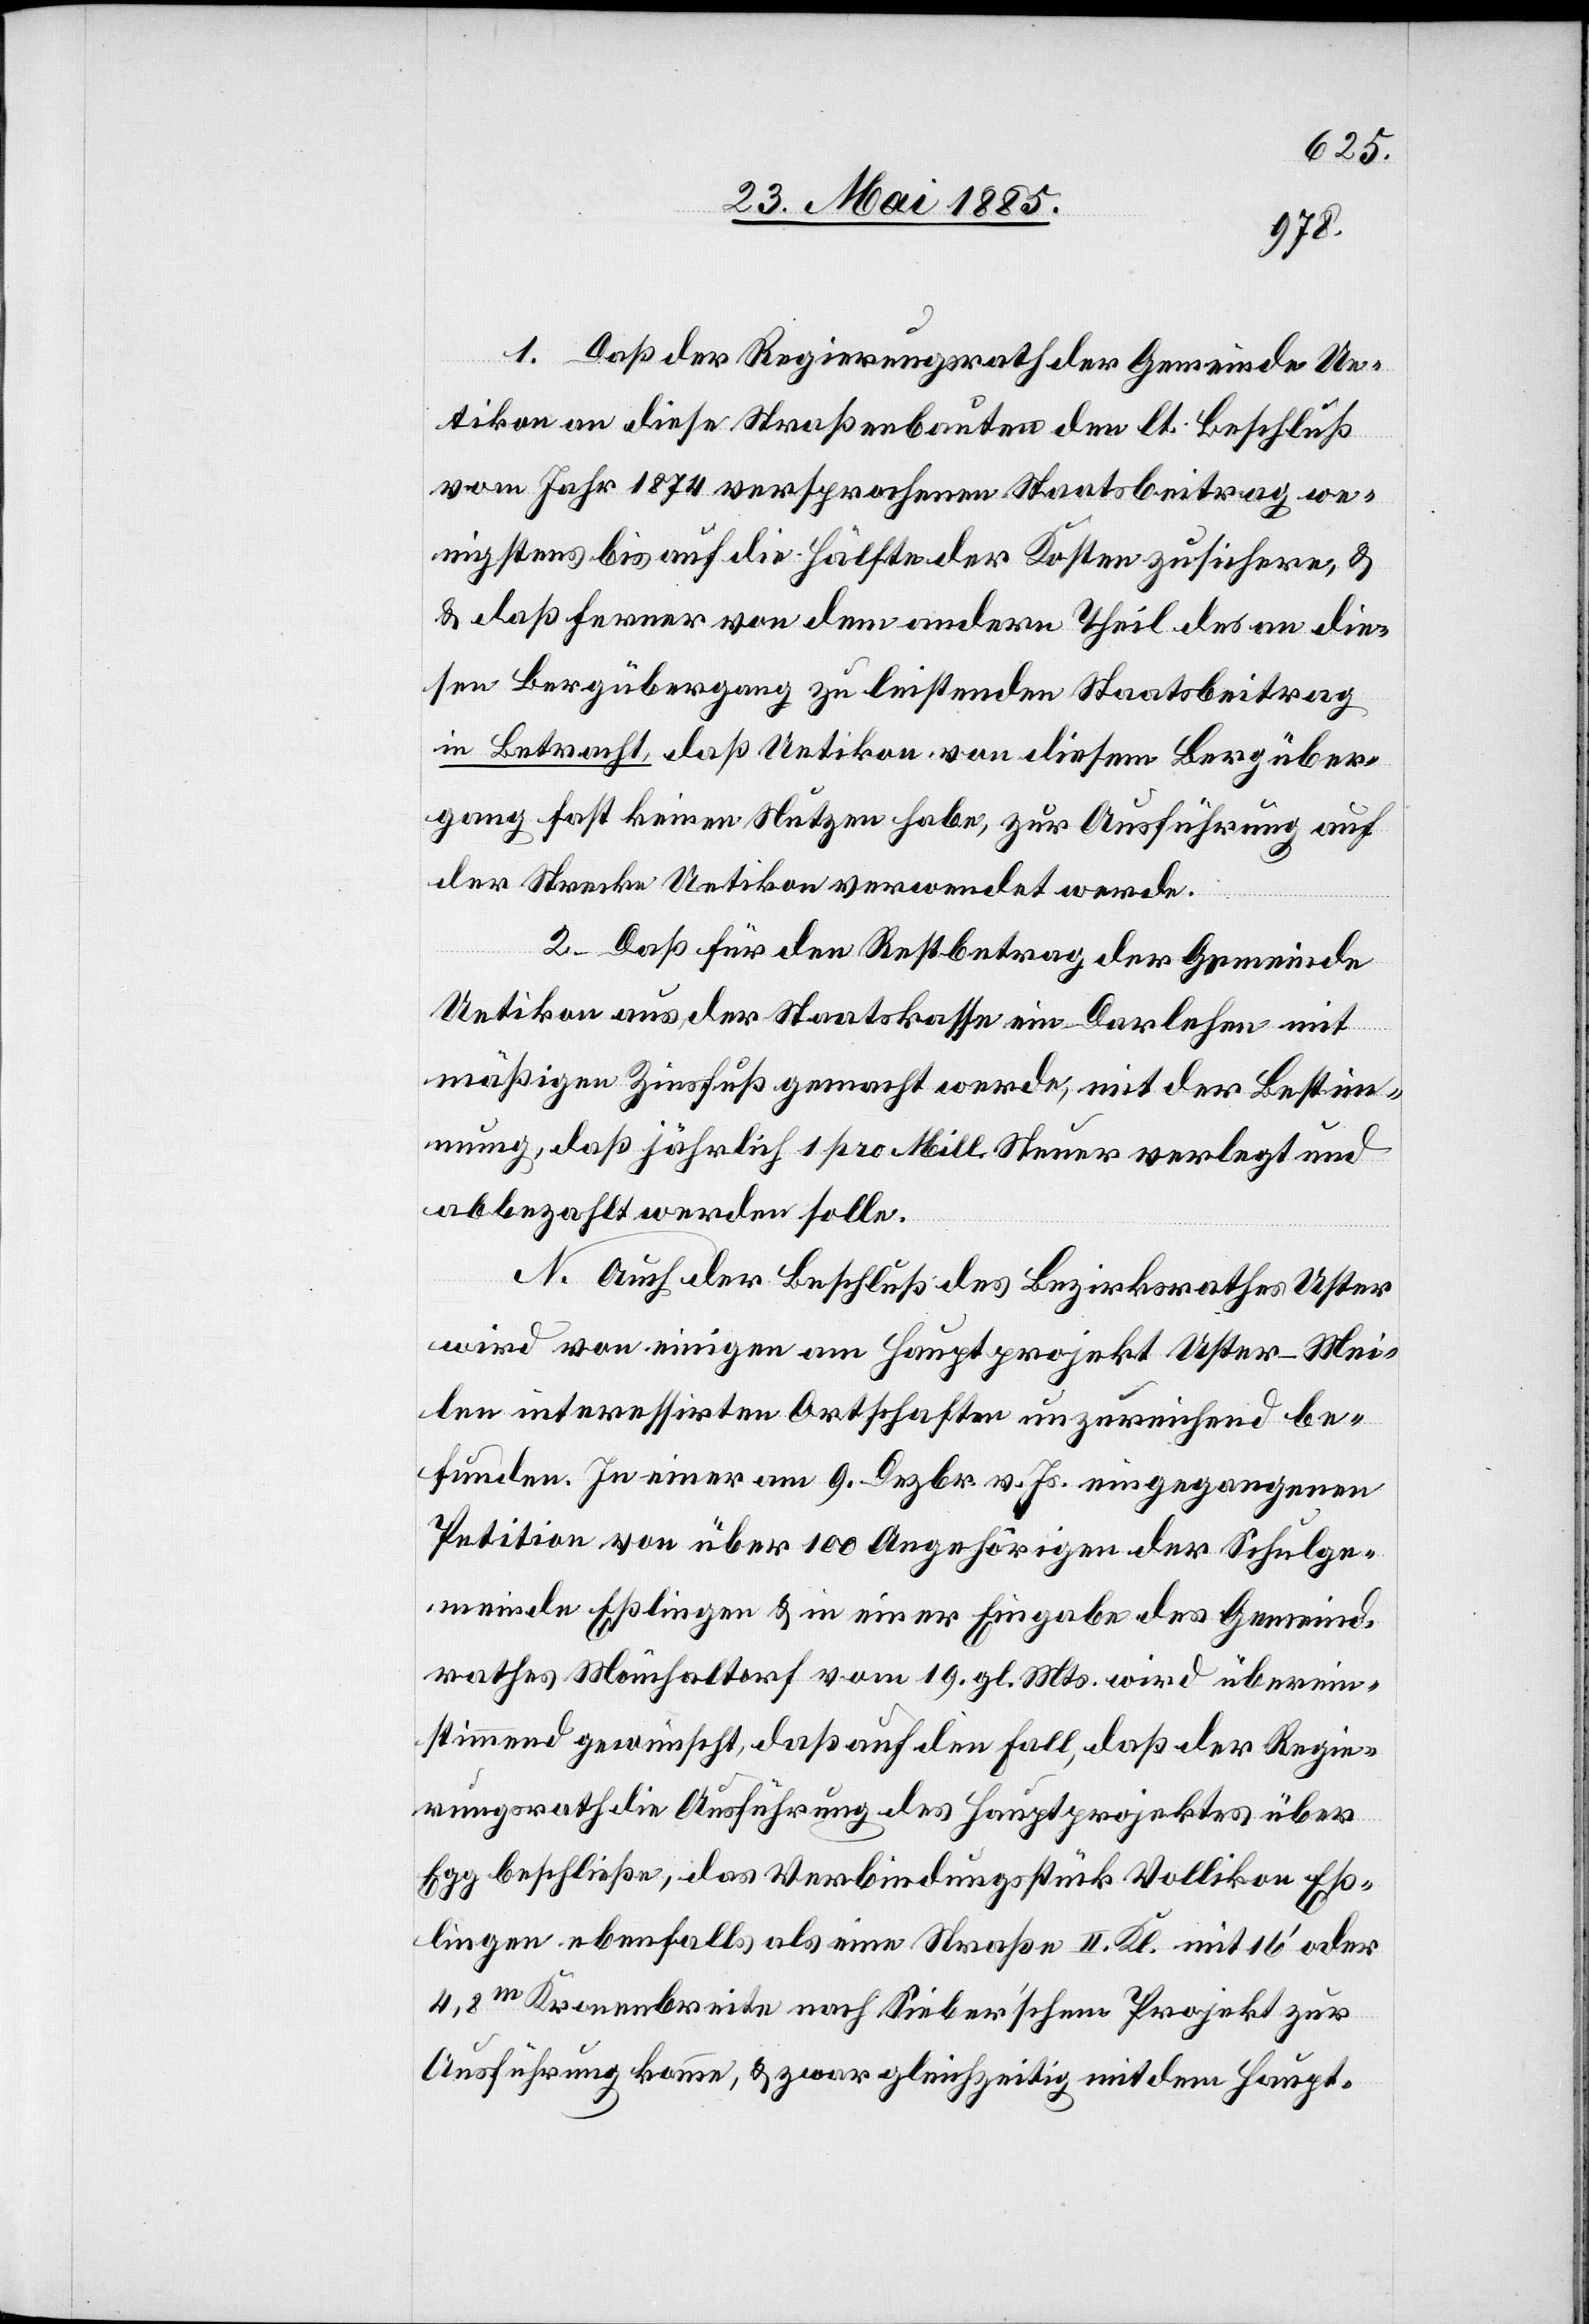
1. Daß der Regierungsrath der Gemeinde Ue¬
tikon an diese Straßenbauten den lt. Beschluß
vom Jahr 1874 versprochenen Staatsbeitrag we¬
nigstens bis auf die Hälfte der Kosten zusichere, &
daß ferner von dem andern Theil des an die¬
sen Bergübergang zu leistenden Staatsbeitrag
in Betracht, daß Uetikon von diesem Bergüber¬
gang fast keinen Nutzen habe, zur Ausführung auf
der Strecke Uetikon verwendet werde.
2. Daß für den Restbetrag der Gemeinde
Uetikon aus der Staatskasse ein Darlehen mit
mäßigen [sic!] Zinsfuß gemacht werde, mit der Bestim¬
mung, daß jährlich 1 pro Mill. Steuer verlegt und
abbezahlt werden solle.
N. Auch der Beschluß des Bezirksrathes Uster
wird von einigen am Hauptprojekt Uster–Mei¬
len interessirten Ortschaften unzureichend be¬
funden. In einer am 9. Dezbr. v. Js. eingegangenen
Petition von über 100 Angehörigen der Schulge¬
meinde Eßlingen & in einer Eingabe des Gemeind¬
rathes Mönchaltorf vom 19. gl. Mts. wird überein¬
stimmend gewünscht, daß auf den Fall, daß der Regie¬
rungsrath die Ausführung des Hauptprojektes über
Egg beschließe, das Verbindungsstück Vollikon Eß¬
lingen ebenfalls als eine Straße II. Kl. mit 16’ oder
4,8 m Kronenbreite nach Sieber’schem Projket zur
Ausführung komme, & zwar gleichzeitig mit dem Haupt-